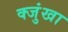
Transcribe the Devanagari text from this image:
क्जुंखा